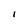
Character: I